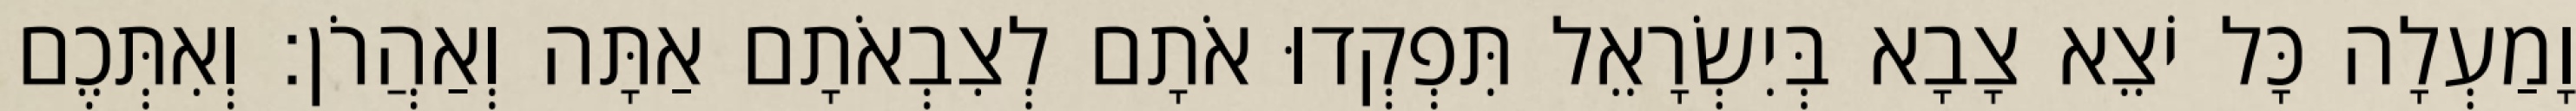
וָמַעְלָה כָּל יֹצֵא צָבָא בְּיִשְׂרָאֵל תִּפְקְדוּ אֹתָם לְצִבְאֹתָם אַתָּה וְאַהֲרֹן׃ וְאִתְּכֶם